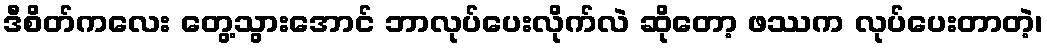
ဒီစိတ်ကလေး တွေ့သွားအောင် ဘာလုပ်ပေးလိုက်လဲ ဆိုတော့ ဖဿက လုပ်ပေးတာတဲ့၊